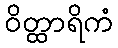
ဝိတ္ထာရိကံ